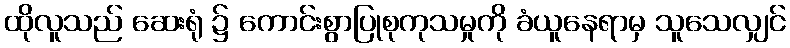
ထိုလူသည် ဆေးရုံ ၌ ကောင်းစွာပြုစုကုသမှုကို ခံယူနေရာမှ သူသေလျှင်